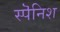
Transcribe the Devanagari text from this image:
स्पॆनिश